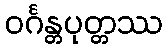
ဝင်္ဂန္တပုတ္တဿ